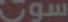
سوت